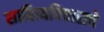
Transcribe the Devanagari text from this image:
साहित्यविचाराचे